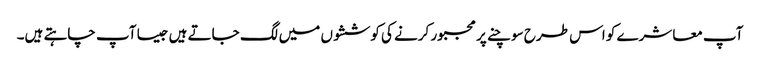
آپ معاشرے کو اس طرح سوچنے پر مجبور کرنے کی کوششوں میں لگ جاتے ہیں جیسا آپ چاہتے ہیں۔